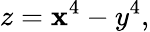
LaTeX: z=\mathbf{x}^{4}-y^{4},